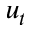
u _ { t }